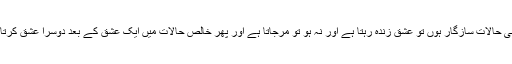
معاشی حالات سازگار ہوں تو عشق زندہ رہتا ہے اور نہ ہو تو مرجاتا ہے اور پھر خالص حالات میں ایک عشق کے بعد دوسرا عشق کرتا ہے۔